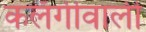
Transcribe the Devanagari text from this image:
कलँगीवाली